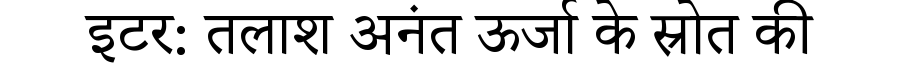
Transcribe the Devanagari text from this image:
इटर: तलाश अनंत ऊर्जा के स्रोत की